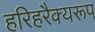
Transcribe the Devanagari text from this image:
हरिहरैक्यरूप